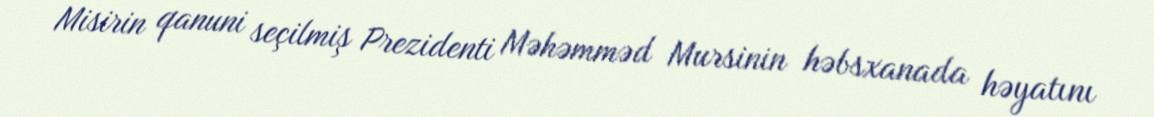
Misirin qanuni seçilmiş Prezidenti Məhəmməd Mursinin həbsxanada həyatını